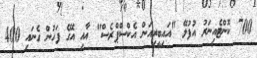
700 ކޮންޓެއިނަރު އުފުލޭ "އައިބީރިއަން އެކްސްޕްރެސް" އާއި އޭގެ ފަހުން ގެނައި 400